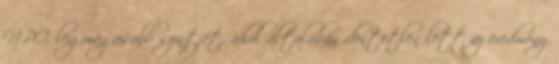
NPC legmagasabb szintjét, ahol általában döntetlen lett az eredmény.